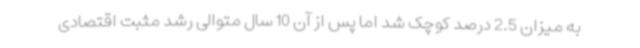
به میزان 2.5 درصد کوچک شد اما پس از آن 10 سال متوالی رشد مثبت اقتصادی